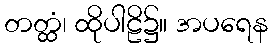
တတ္ထံ၊ ထိုပါဠိ၌။ အပရေန